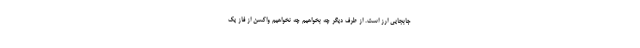
جابجایی ارز است. از طرف دیگر چه بخواهیم چه نخواهیم واکسن از فاز یک